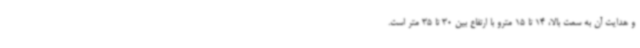
و هدایت آن به سمت بالا، 14 تا 15 مترو با ارتفاع بین 30 تا 35 متر است.